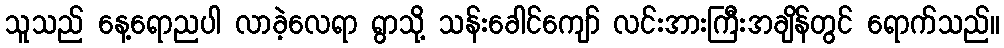
သူသည် နေ့ရောညပါ လာခဲ့လေရာ ရွာသို့ သန်းခေါင်ကျော် လင်းအားကြီးအချိန်တွင် ရောက်သည်။